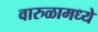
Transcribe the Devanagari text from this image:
वारुळामध्ये